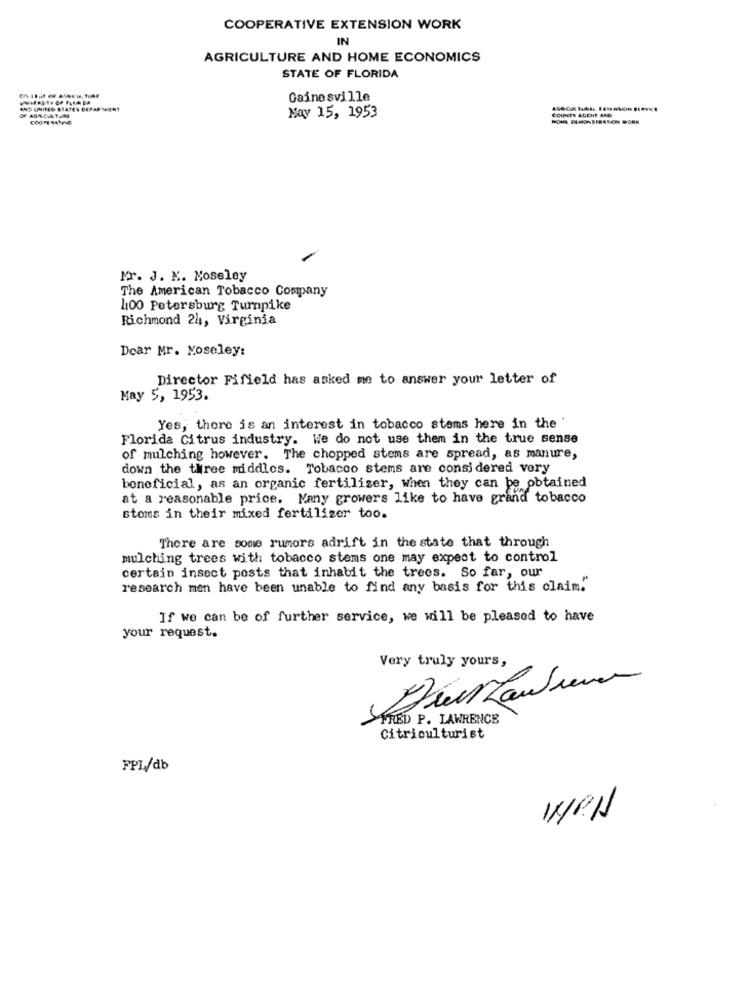
COOPERATIVE EXTENSION WORK
IN
AGRICULTURE AND HOME ECONOMICS
STATE OF FLORIDA
Gainesville
AND UNITED STATES DEPAR MIENT
May 15, 1953
COUNTS ALCHE AND
HOME MONSTRATION WORK
Mr. J. M. Moseley
The American Tobacco Cosmany
400 Petersburg Turnpike
Richmond 24, Virginia
Dear Mr. Moseley:
Director Fifield has asked me to answer your letter of
May 5, 1953.
Yes, there is an interest in tobacco stems here in the '
Florida Citrus industry. We do not use them in the true sense
of mulching however. The chopped stems are spread, as manure,
down the three middles. Tobacco stems are considered very
beneficial, as an organic fertilizer, when they can be obtained
at a reasonable price. Many growers like to have grand tobacco
stoms in their mixed fertilizer too.
There are some rumors adrift in the state that through
mulching trees with tobacco stems one may expect to control
certain insect posts that inhabit the trees. So far, our
research men have been unable to find any basis for this claim!"
If we can be of further service, we will be pleased to have
your request.
Very truly yours,
FRED P. LAWRENCE
Citriculturist
FPI,/db
Not